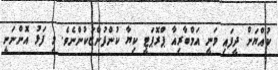
ކުއްޔަށް ދީފައި ވަނީ އަމްބާރިއާ ޕްރޮޕަޓީ ކިޔާ ކުންފުންޏަކުންނެވެ. މި ފަޅު އޮންނަނީ